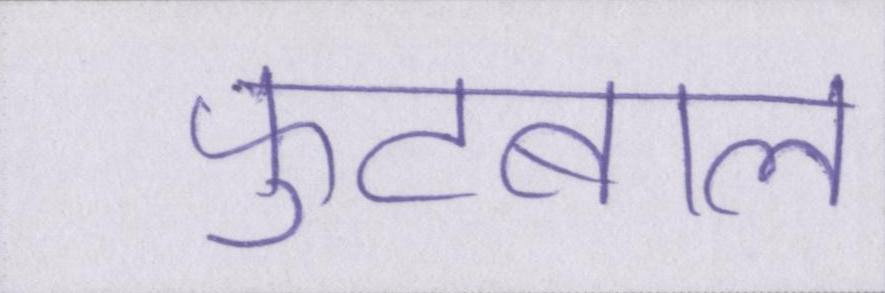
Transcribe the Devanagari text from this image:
फुटबाल